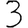
Digit: 3